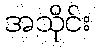
အသိုင်း